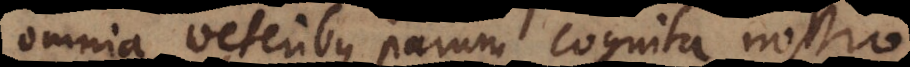
omnia veteribus parum cognita nostro